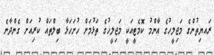
ރައޔިތުންގެ މަޖިލީހުގެ އާންމު ކޮމެޓީއަކީ މަޖިލީހުގެ ތަޅުމަށް ހުށަހަޅާ ބިލްތައް ކުރިއަށް ގެންދާނެ